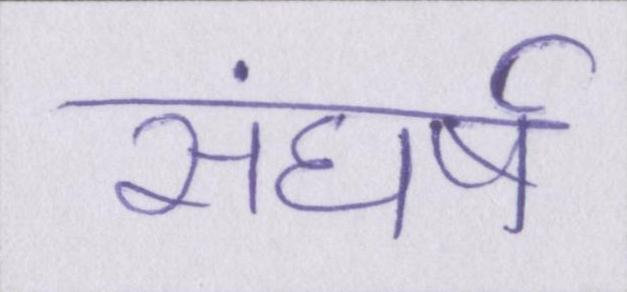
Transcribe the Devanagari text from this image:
संघर्ष